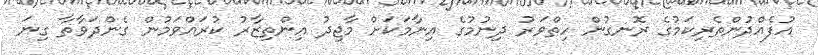
އުފެއްދުންތެރިކަމުގެ ރޮނގުން ހިތްވަރު ދިނުމުގެ އިނާމަކަށް މާޖިދު އިންތިޒާރު ކުރައްވަމުން ގެންދަވާތާ ގިނަ